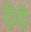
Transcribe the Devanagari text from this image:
ट्रीट्री